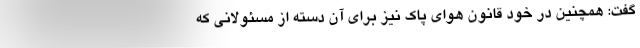
گفت: همچنین در خود قانون هوای پاک نیز برای آن دسته از مسئولانی که